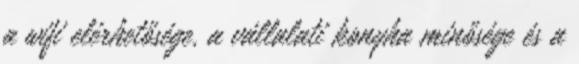
a wifi elérhetősége, a vállalati konyha minősége és a